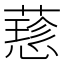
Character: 𦾂